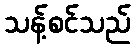
သန့်စင်သည်